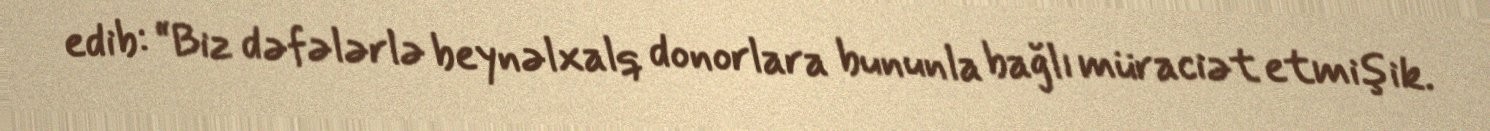
edib: “Biz dəfələrlə beynəlxalq donorlara bununla bağlı müraciət etmişik.